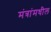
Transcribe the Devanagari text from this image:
मंत्रांमधील